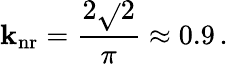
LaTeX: \mathbf{k}_{\mathrm{{nr}}}=\frac{{2\sqrt{}{{2}}}}{{\pi}}\approx0.9\, .